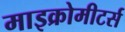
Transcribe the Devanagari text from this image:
माइक्रोमीटर्स